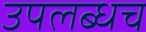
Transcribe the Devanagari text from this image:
उपलब्धच